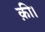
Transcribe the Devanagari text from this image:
क़ी।